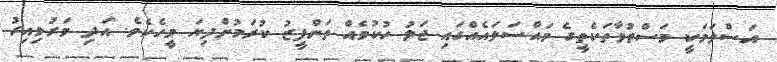
އަސްލަމަކީ މަސްތުވާތަކެތީގެ މައްސަލައެއްގައި ޖަލު ހުކުމެއް ތަންފީޒު ކުރަމުންދިޔަ މީހެކެވެ. އަދި މަރުވިއިރު